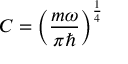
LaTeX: C = \left( { \frac { m \omega } { \pi \hbar } } \right) ^ { \frac { 1 } { 4 } }